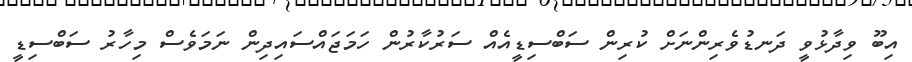
އިބޫ ވިދާޅުވީ ދަނޑުވެރިންނަށް ކުރިން ސަބްސިޑީއެއް ސަރުކާރުން ހަމަޖައްސައިދިން ނަމަވެސް މިހާރު ސަބްސިޑީ